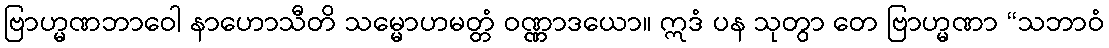
ဗြာဟ္မဏဘာဝေါ နာဟောသီတိ သမ္မောဟမတ္တံ ဝဏ္ဏာဒယော။ ဣဒံ ပန သုတွာ တေ ဗြာဟ္မဏာ “သဘာဝံ